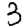
Digit: 3